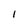
Character: I